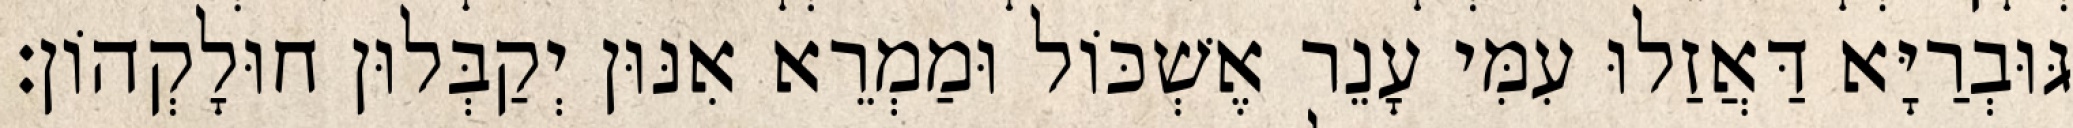
גּוּבְרַיָּא דַּאֲזַלוּ עִמִּי עָנֵר אֶשְׁכּוֹל וּמַמְרֵא אִנּוּן יְקַבְּלוּן חוּלָקְהוֹן׃